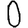
Digit: 0